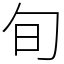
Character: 旬